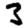
Digit: 3